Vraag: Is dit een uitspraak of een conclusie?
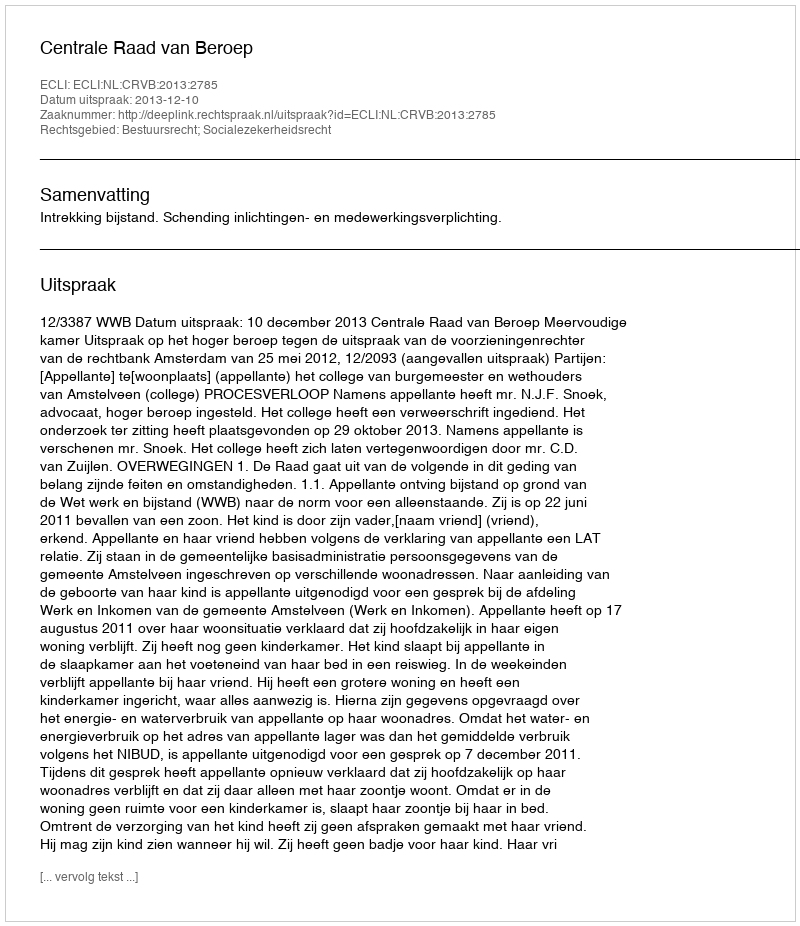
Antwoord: Uitspraak